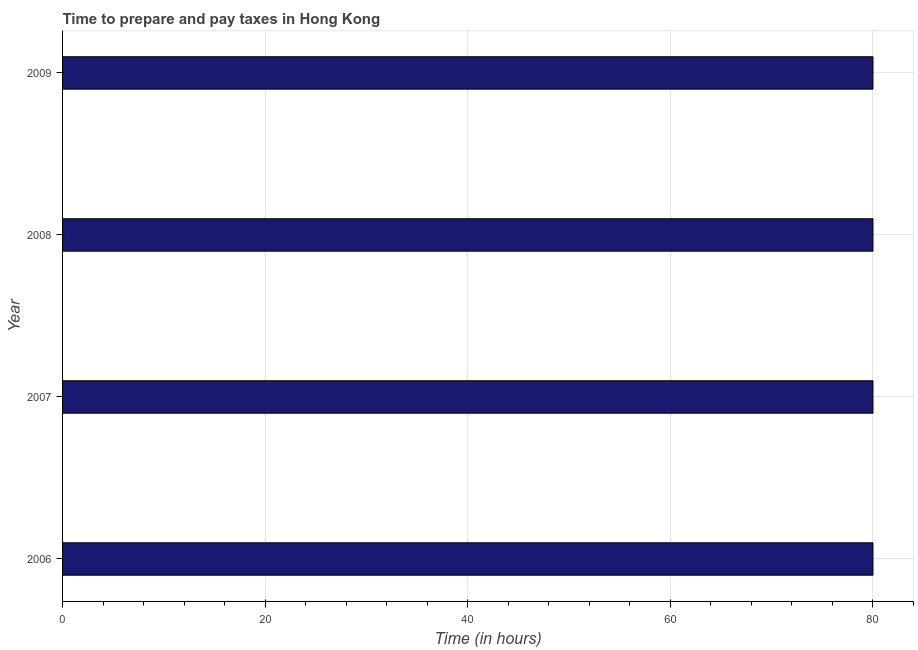
| Year | Time to prepare and pay taxes |
 | --- | --- |
 | 2006 | 80 |
 | 2007 | 80 |
 | 2008 | 80 |
 | 2009 | 80 |